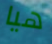
هيا